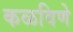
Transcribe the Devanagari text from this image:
कळविणे